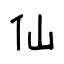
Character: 仙